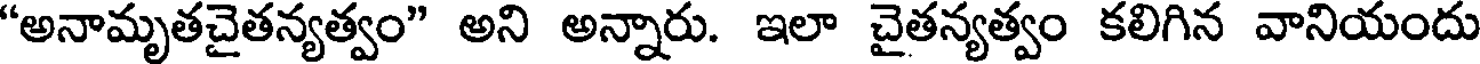
"అనామృతచైతన్యత్వం" అని అన్నారు. ఇలా చైతన్యత్వం కలిగిన వానియందు